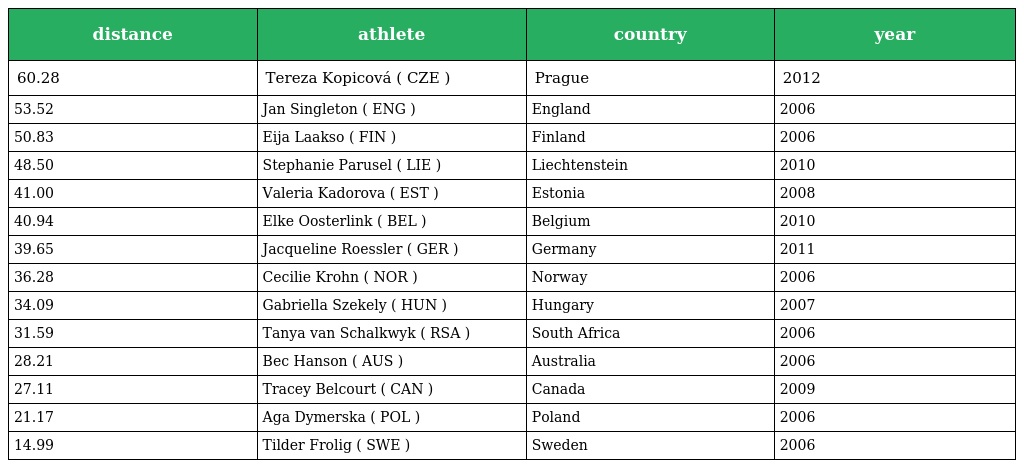
| distance | athlete | country | year |
 | --- | --- | --- | --- |
 | 60.28 | Tereza Kopicová ( CZE ) | Prague | 2012 |
 | 53.52 | Jan Singleton ( ENG ) | England | 2006 |
 | 50.83 | Eija Laakso ( FIN ) | Finland | 2006 |
 | 48.50 | Stephanie Parusel ( LIE ) | Liechtenstein | 2010 |
 | 41.00 | Valeria Kadorova ( EST ) | Estonia | 2008 |
 | 40.94 | Elke Oosterlink ( BEL ) | Belgium | 2010 |
 | 39.65 | Jacqueline Roessler ( GER ) | Germany | 2011 |
 | 36.28 | Cecilie Krohn ( NOR ) | Norway | 2006 |
 | 34.09 | Gabriella Szekely ( HUN ) | Hungary | 2007 |
 | 31.59 | Tanya van Schalkwyk ( RSA ) | South Africa | 2006 |
 | 28.21 | Bec Hanson ( AUS ) | Australia | 2006 |
 | 27.11 | Tracey Belcourt ( CAN ) | Canada | 2009 |
 | 21.17 | Aga Dymerska ( POL ) | Poland | 2006 |
 | 14.99 | Tilder Frolig ( SWE ) | Sweden | 2006 |